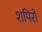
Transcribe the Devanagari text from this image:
शपिरो